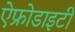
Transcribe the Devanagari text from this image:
ऐफ्रोडाइटी